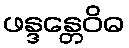
ဖန္ဒန္တေဝိဓ